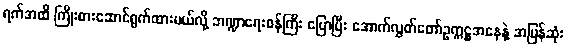
ရက်အထိ ကြိုးစားဆောင်ရွက်ထားမယ်လို့ ဘဏ္ဍာရေးဝန်ကြီး ပြောပြီး အောက်လွှတ်တော်ဥက္ကဋ္ဌအနေနဲ့ အမြန်ဆုံး